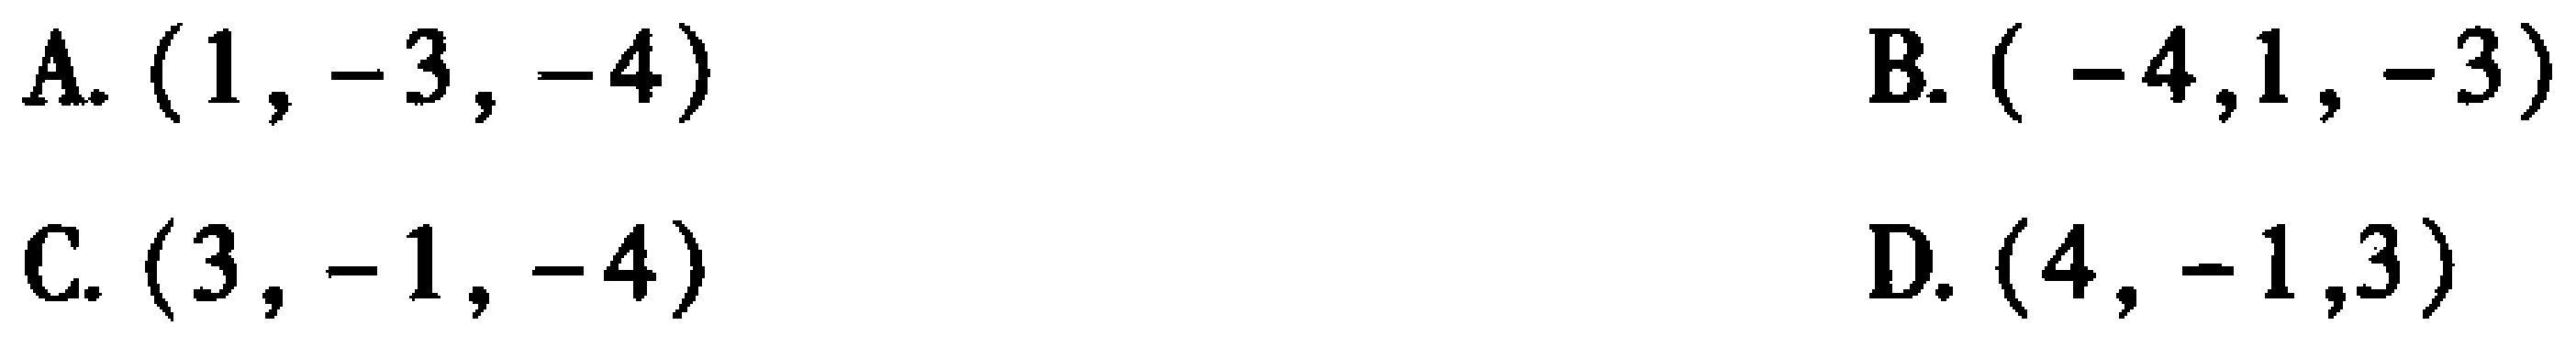
A. \((1, -3, -4)\)  B. \(( -4,1, -3)\)  C. \((3, -1, -4)\)  D. \((4, -1,3)\)